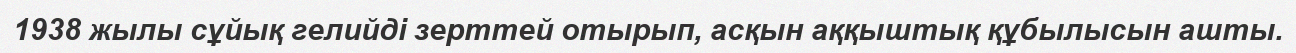
1938 жылы сұйық гелийді зерттей отырып, асқын аққыштық құбылысын ашты.